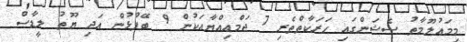
މިމަޢުލޫމާތު ސެޝަންގައި ޙަރަކާތްތެރި 7 ޖަމްޢިއްޔާއަކުން 9 ބޭފުޅުން އަދި ޔޫތު ލީޑާސް